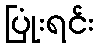
ပြုံးရင်း